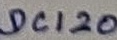
Text: CD120